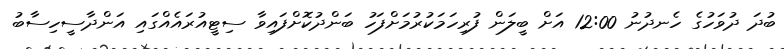
ބުދަ ދުވަހުގެ ހެނދުނު 12:00 އަށް ބީލަން ފުރިހަމަކުރުމަށްފަހު ބަންދުކޮށްފައިވާ ސިޓީއުރައެއްގައި އަންދާސީހިސާބު